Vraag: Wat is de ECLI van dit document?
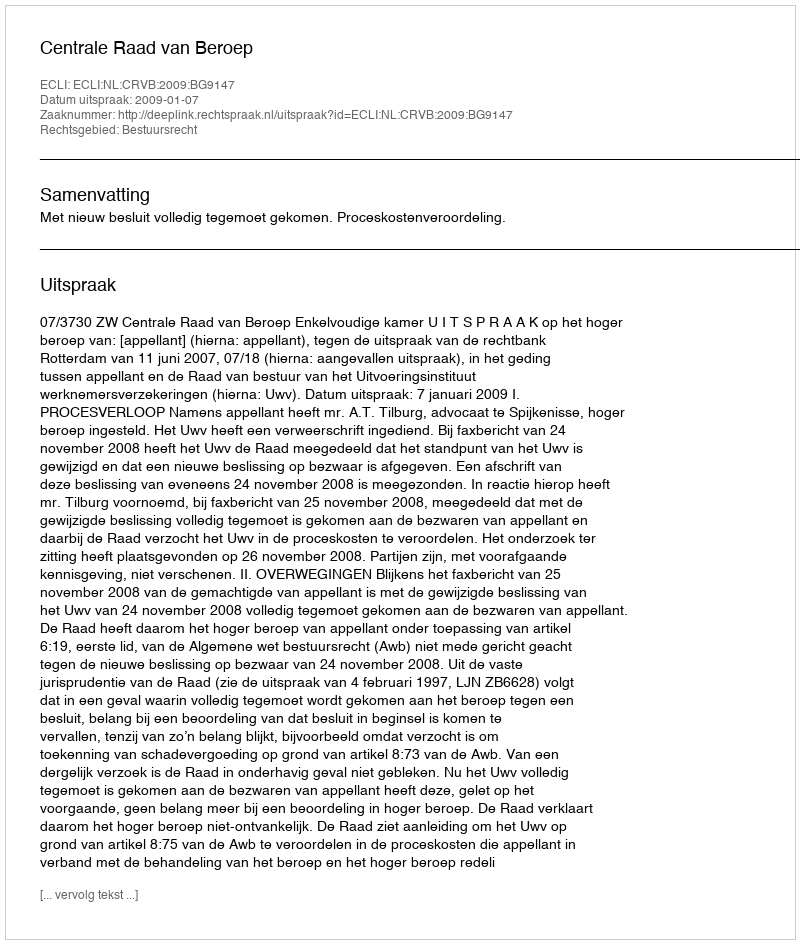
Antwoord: ECLI:NL:CRVB:2009:BG9147